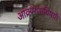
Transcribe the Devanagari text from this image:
आक्रमणाविषयी